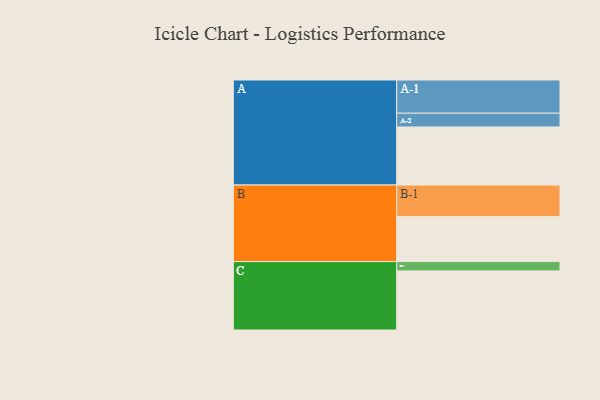
{"axis": {"x": "Segment", "y": "Value"}, "legend": ["", "A", "B", "C"], "data": [{"x": "A", "y": 397, "type": ""}, {"x": "B", "y": 307, "type": ""}, {"x": "C", "y": 404, "type": ""}, {"x": "A-1", "y": 227, "type": "A"}, {"x": "A-2", "y": 94, "type": "A"}, {"x": "B-1", "y": 216, "type": "B"}, {"x": "C-1", "y": 64, "type": "C"}]}